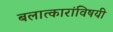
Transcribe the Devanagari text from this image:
बलात्कारांविषयी